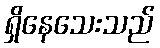
ရှိနေသေးသည်